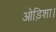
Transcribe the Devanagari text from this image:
ओड़िशा।